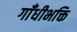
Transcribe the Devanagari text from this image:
गाँधीभक्ति